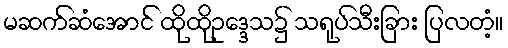
မဆက်ဆံအောင် ထိုထိုဥဒ္ဒေသ၌ သရုပ်သီးခြား ပြလတံ့။